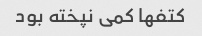
کتفها کمی نپخته بود